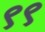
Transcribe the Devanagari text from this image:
९९